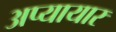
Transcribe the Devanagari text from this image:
अप्यायार